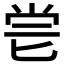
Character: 𠤝